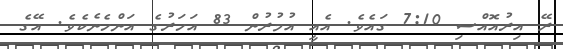
ރޭ އިރުއޮއްސި 7:10 ގައެވެ. އެއީ އުމުރުން 83 އަހަރުގެ އަންހެނެކެވެ. އޭގެ